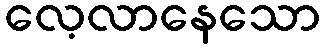
လေ့လာနေသော